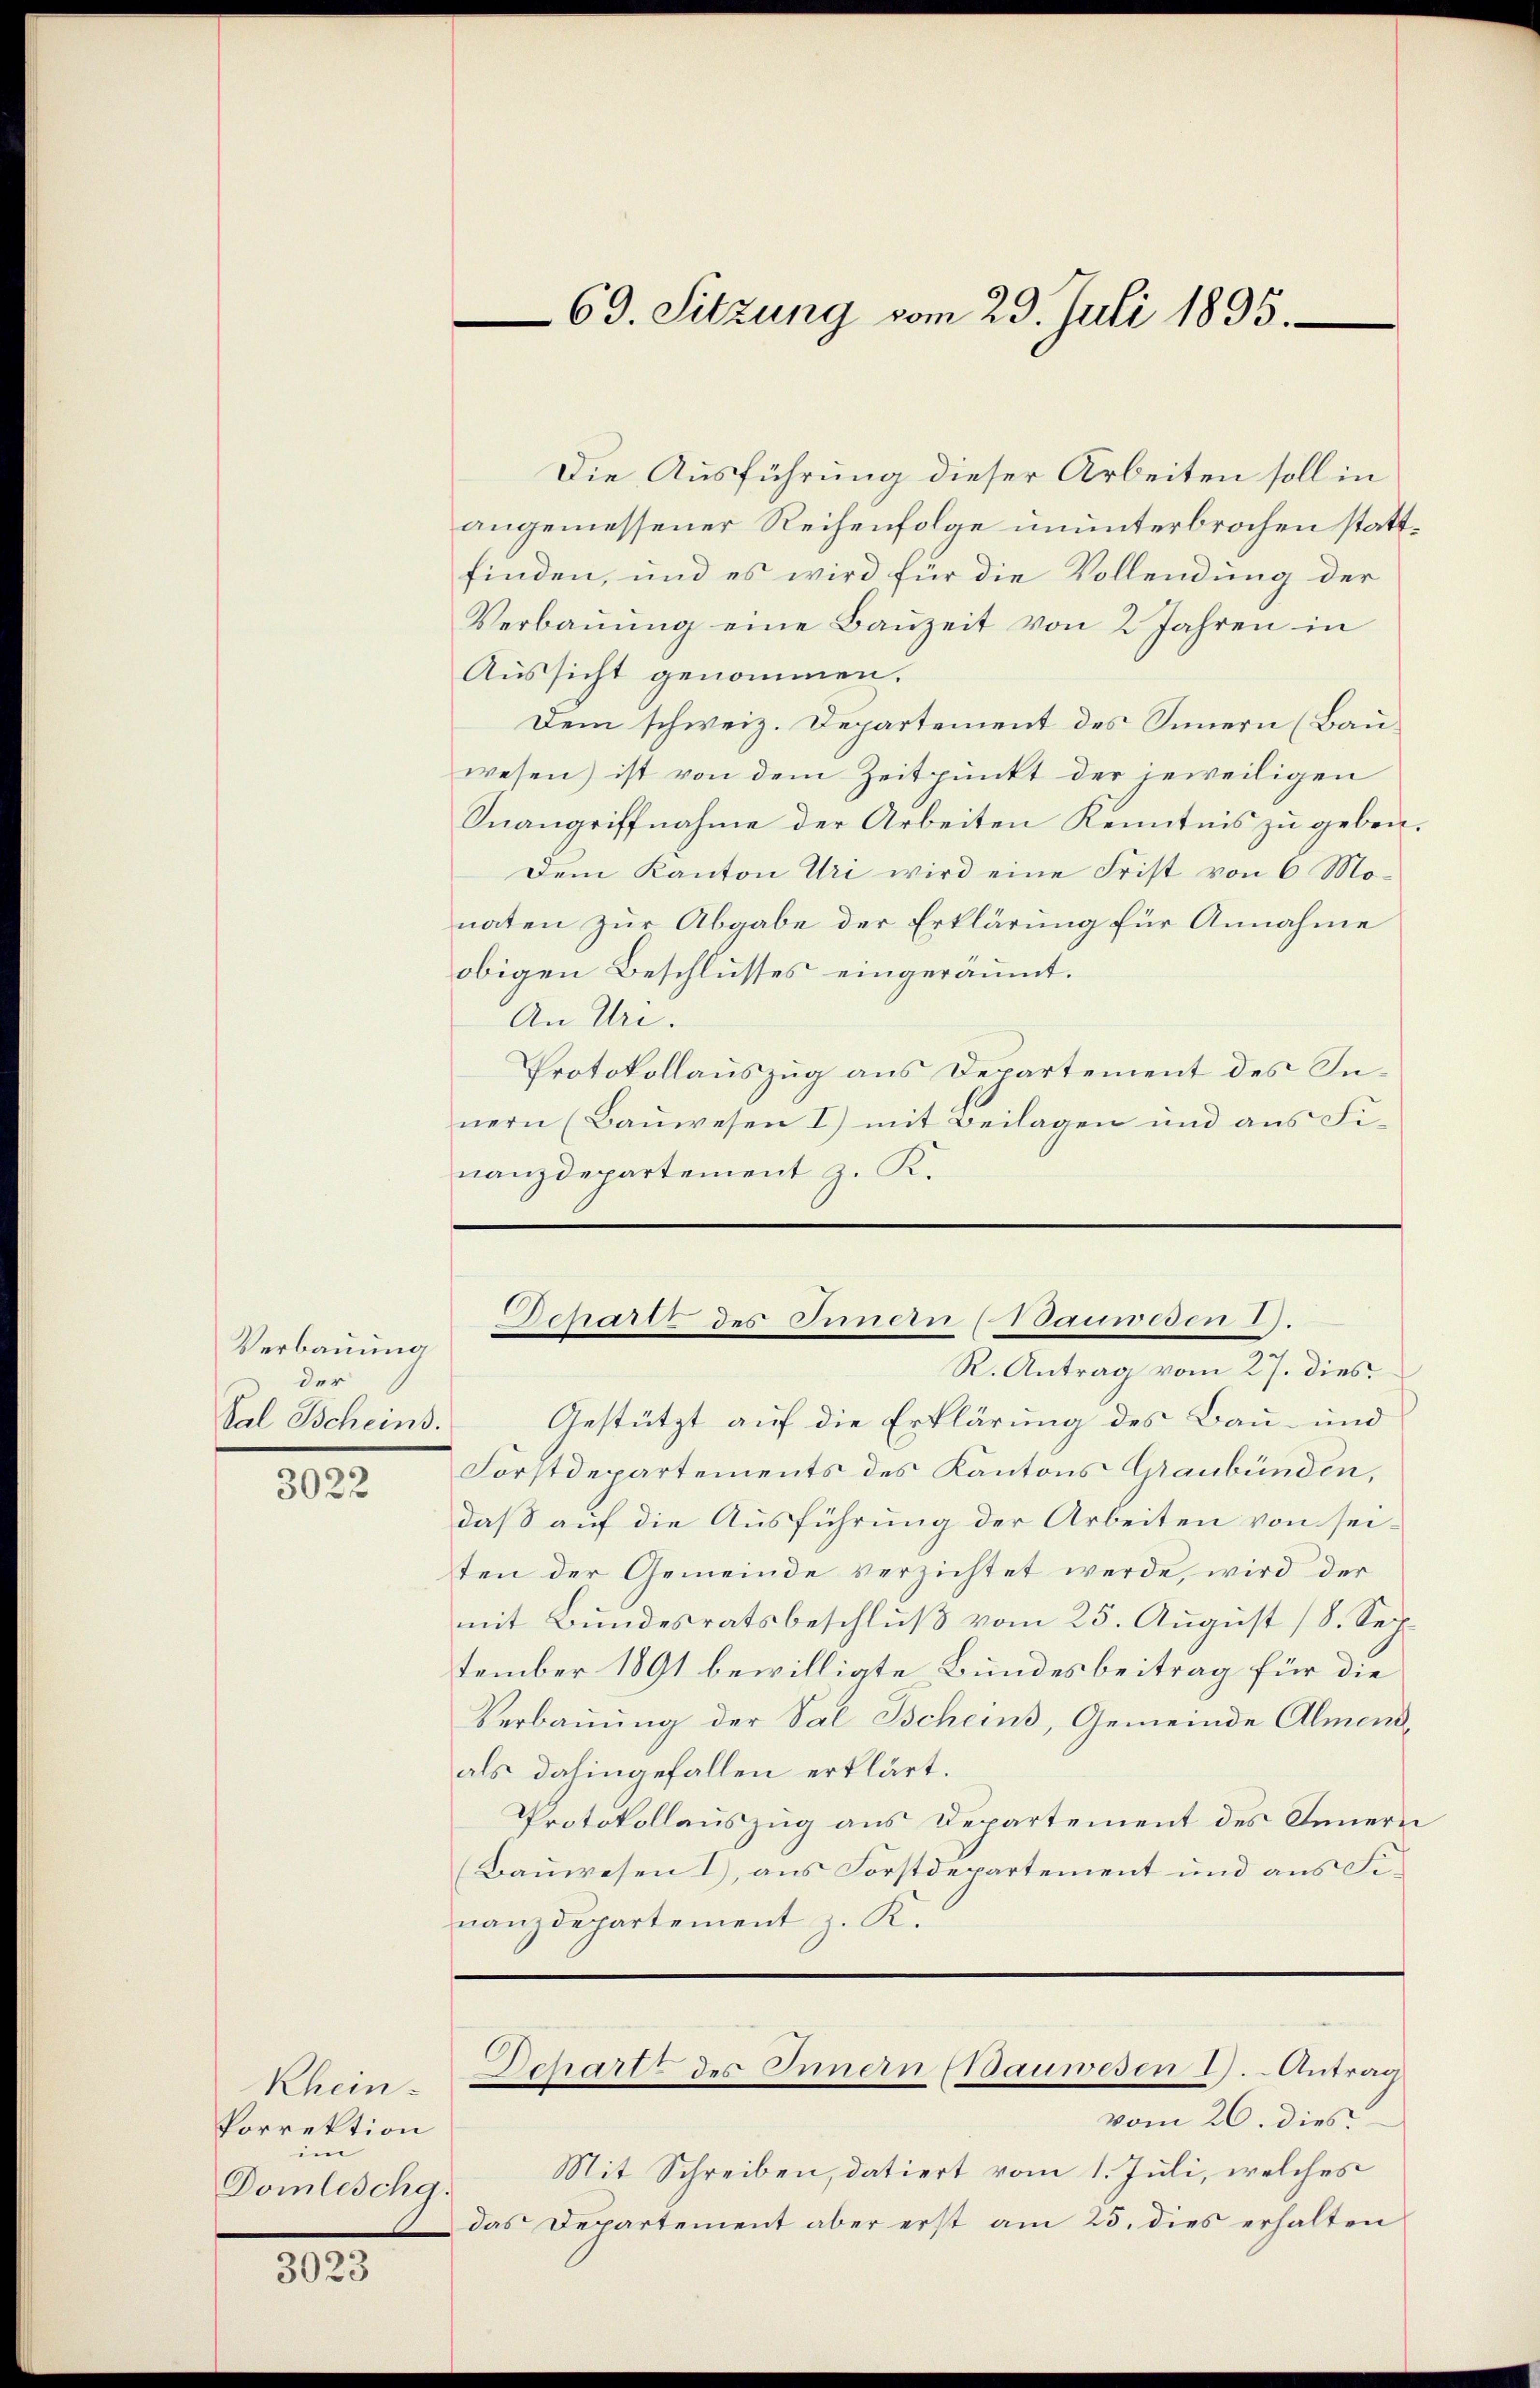
Verbauung
der
Sal Scheins.

3022

Rhein.
Porrektion
im
Domlischg.

3023

Die Ausführung dieser Arbeiten soll in
angemessener Reihenfolge ununterbrochen stattfinden, und es wird für die Vollendung der
Verbaŭŭng eine Baŭzeit von 2 Jahren in
Aussicht genommen.
Dem schweiz. Departement des Sinnern (Bauwesen) ist von dem Zeitpunkt der jeweiligen
Inangriffnahme der Arbeiten Kenntnis zu geben.
Dem Kanton Uri wird eine Frist von 6 Monaten zur Abgabe der Erklärung für Annahme
obigen Beschlusses eingeräumt.
An Uri.
Protokollauszug aus Departement des Innern (Bauwesen I) mit Beilagen und aus Finanzdepartement z. K.

R. Antrag vom 27. dies
Gestützt auf die Erklärung des Bau- und
Forstdepartements des Kantons Graubünden,
daß auf die Ausführung der Arbeiten von seiten der Gemeinde verzichtet werde, wird der
mit Bundesratsbeschlŭβ vom 25. August 18. Sech.
tember 1891 bewilligte Bundesbeitrag für die
Verbauung der Val Tscheins, Gemeinde Almendals dahingefallen erklärt.
Protokollauszug aus Departement des Innern
(Bauwesen I, aus Forstdepartement und aus Finanzdepartement z. K.

vom 26. dies
Mit Schreiben, datiert vom 1. Juli, welches
das Departement aber erst am 23. dies erhalten

69. Sitzung vom 23. Juli 1895.

Denartt des Innern (Sauwesen 1).

Dchartz des Innern Bauwesen 1). Antrag